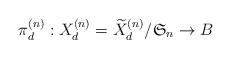
LaTeX: \begin{align*}\pi ^{(n)}_d: X^{(n)}_d=\widetilde X^{(n)}_d/\mathfrak S_n \to B\end{align*}